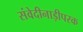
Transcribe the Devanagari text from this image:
संवेदीनाड़ीपरक